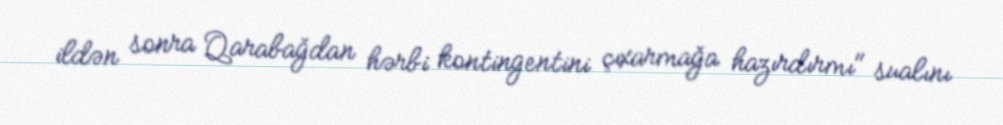
ildən sonra Qarabağdan hərbi kontingentini çıxarmağa hazırdırmı" sualını